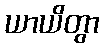
ယာယိတွာ